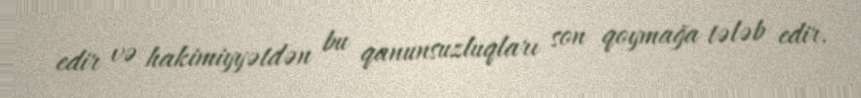
edir və hakimiyyətdən bu qanunsuzluqları son qoymağa tələb edir.